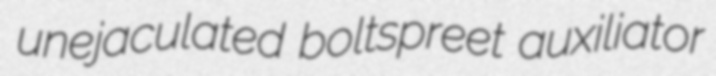
unejaculated boltspreet auxiliator